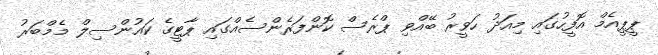
ޕީޕީއެމް އޮފީހުގައި މިއަދު ހަވީރު ބޭއްވި ޕްރެސް ކޮންފަރެންސެއްގައި ޕާޓީގެ ކައުންސިލް މެމްބަރު